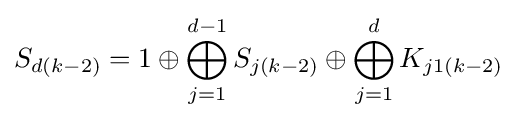
S_{d(k-2)}=1\oplus \bigoplus _{j=1}^{d-1}S_{j(k-2)}\oplus \bigoplus _{j=1}^{d}K_{j1(k-2)}